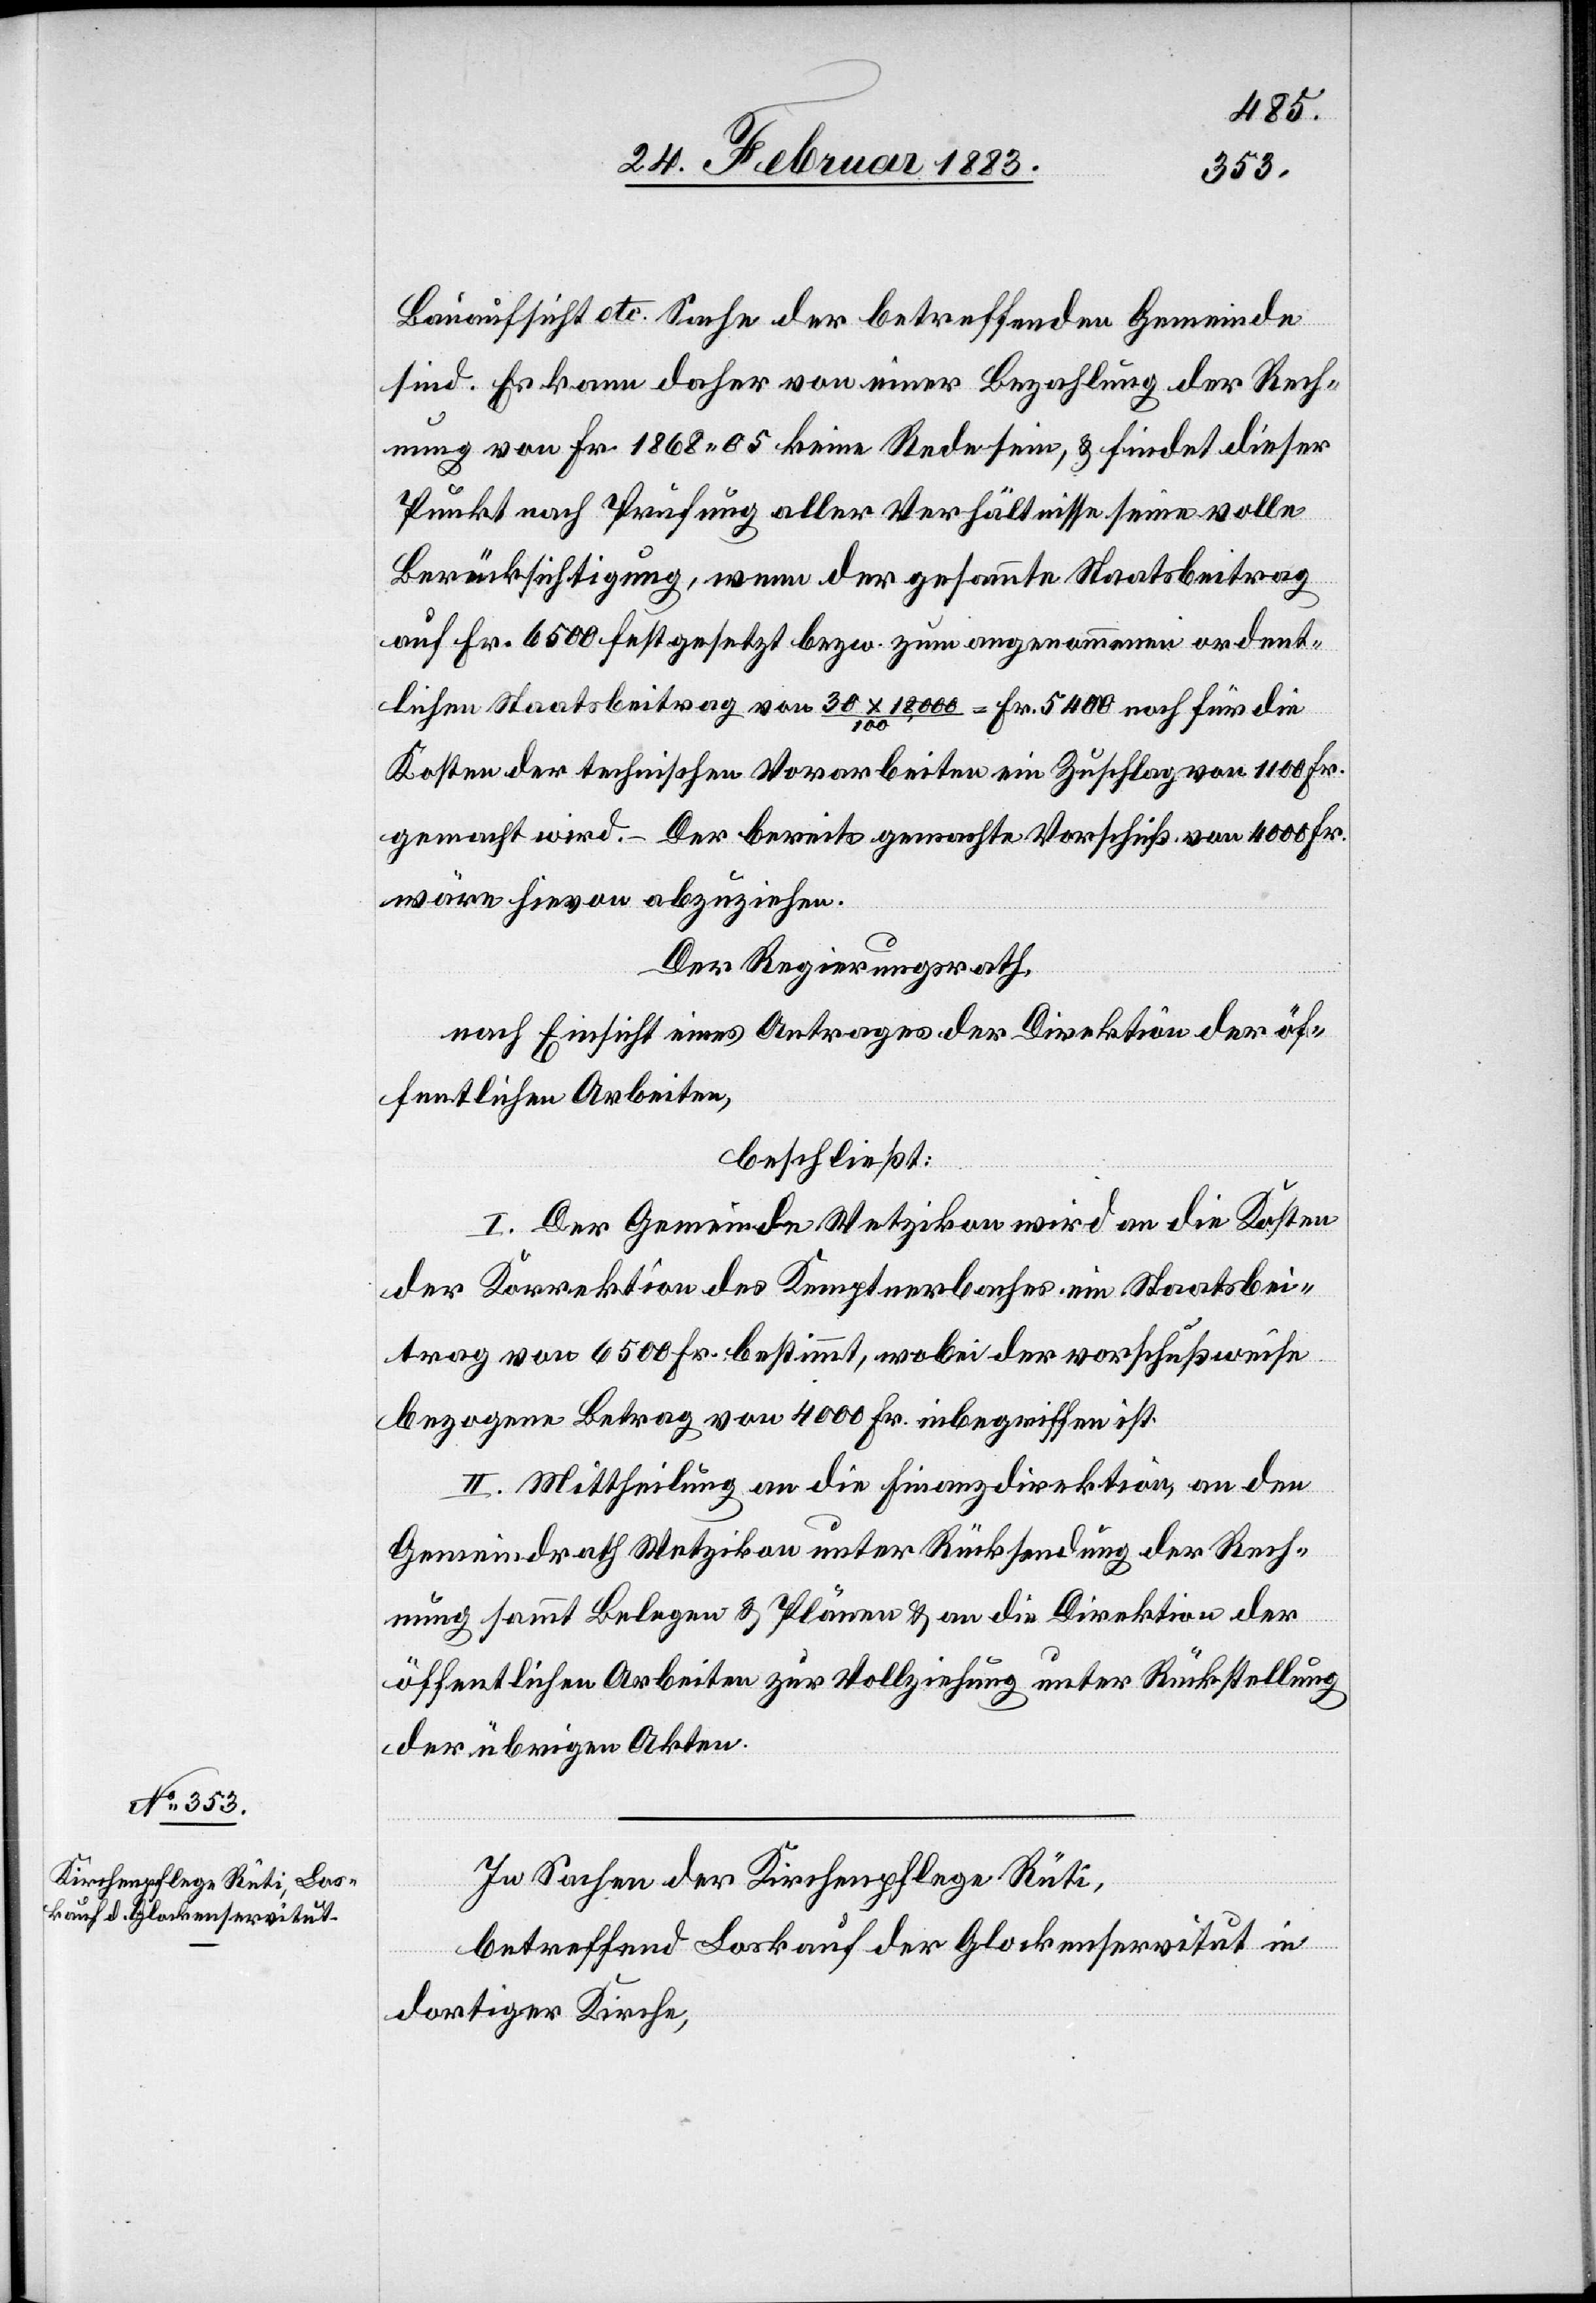
Bauaufsicht etc. Sache der betreffenden Gemeinde
sind. Es kann daher von einer Bezahlung der Rech¬
nung von Fr. 1868 05 keine Rede sein, & findet dieser
Punkt nach Prüfung aller Verhältnisse seine volle
Berücksichtigung, wenn der gesammte Staatsbeitrag
auf Fr. 6500 festgesetzt bezw. zum angenommenen ordent¬
lichen Staatsbeitrag von 30 x 18,000 / 100 = Fr. 5400 noch für die
Kosten der technischen Vorarbeiten ein Zuschlag von 1100 Fr
gemacht wird. – Der bereits gemachte Vorschuß von 4000 Fr.
wäre hievon abzuziehen.
Der Regierungsrath,
nach Einsicht eines Antrages der Direktion der öf¬
fentlichen Arbeiten,
beschließt:
I. Der Gemeinde Wetzikon wird an die Kosten
der Korrektion des Kemptnerbaches ein Staatsbei¬
trag von 6500 Fr. bestimmt, wobei der vorschußweise
bezogene Betrag von 4000 Fr. inbegriffen ist.
II. Mittheilung an die Finanzdirektion, an den
Gemeindrath Wetzikon unter Rücksendung der Rech¬
nung sammt Belegen & Plänen & an die Direktion der
öffentlichen Arbeiten zur Vollziehung unter Rückstellung
der übrigen Akten.
In Sachen der Kirchenpflege Rüti,
betreffend Loskauf der Glockenservitut in
dortigen Kirche,